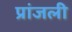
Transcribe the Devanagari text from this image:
प्रांजली